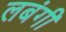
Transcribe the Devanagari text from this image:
लबंगी